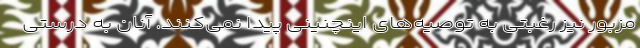
مزبور نیز رغبتی به توصیه‌های اینچنینی پیدا نمی‌کنند. آنان به درستی